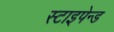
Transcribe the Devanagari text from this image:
स्टाइपेन्ड